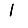
Digit: 1